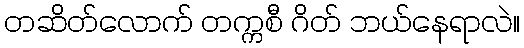
တဆိတ်လောက် တက္ကစီ ဂိတ် ဘယ်နေရာလဲ။